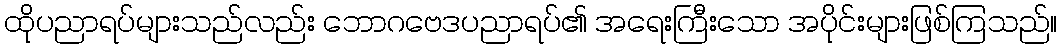
ထိုပညာရပ်များသည်လည်း ဘောဂဗေဒပညာရပ်၏ အရေးကြီးသော အပိုင်းများဖြစ်ကြသည်။